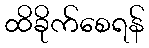
ထိခိုက်စေရန်